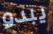
يبدو